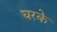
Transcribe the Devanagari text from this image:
घरके